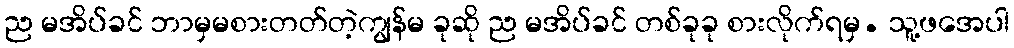
ည မအိပ်ခင် ဘာမှမစားတတ်တဲ့ကျွန်မ ခုဆို ည မအိပ်ခင် တစ်ခုခု စားလိုက်ရမှ. သူ့ဖအေပါ